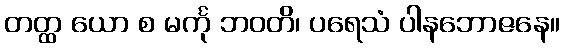
တတ္ထ ယော စ မင်္ကု ဘဝတိ၊ ပရေသံ ပါနဘောဇနေ။